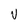
Character: V